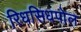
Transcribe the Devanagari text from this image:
रिधसिधपोल